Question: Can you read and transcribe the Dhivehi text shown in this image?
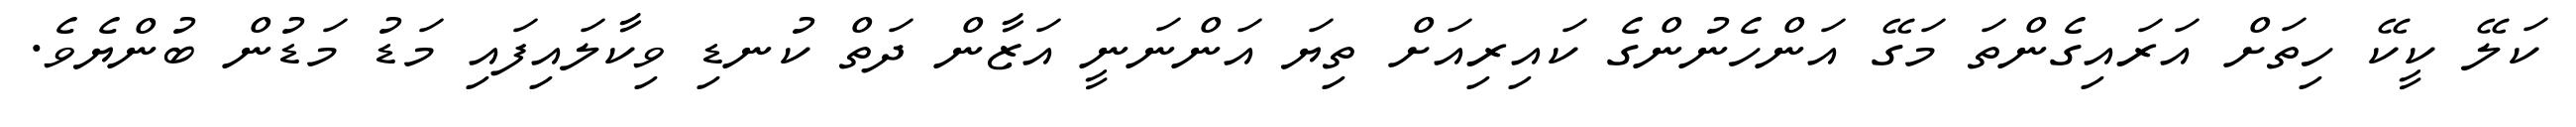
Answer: ކަލޭ ކީކޭ ހިތަށް އަރައިގެންތަ މަގޭ އަންހެނުންގެ ކައިރިއަށް ތިޔަ އަންނަނީ އަޒާން ދަތް ކުނޑި ވިކާލައިފައި މަޑު މަޑުން ބުންޔެވެ.